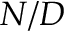
N / D